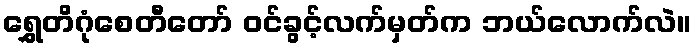
ရွှေတိဂုံစေတီတော် ဝင်ခွင့်လက်မှတ်က ဘယ်လောက်လဲ။